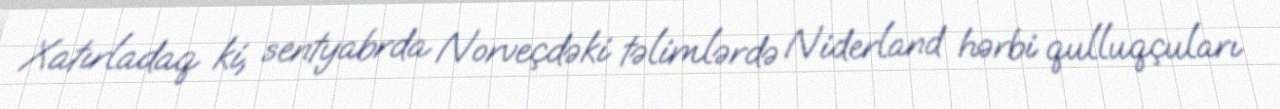
Xatırladaq ki, sentyabrda Norveçdəki təlimlərdə Niderland hərbi qulluqçuları